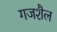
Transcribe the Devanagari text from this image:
गजशैल